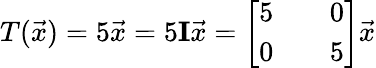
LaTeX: T({\vec{x}})=5{\vec{x}}=5\mathbf{I}{\vec{x}}={\left[\begin{array}{lll}{5}&{}&{0}\\ {0}&{}&{5}\end{array}\right]}{\vec{x}}